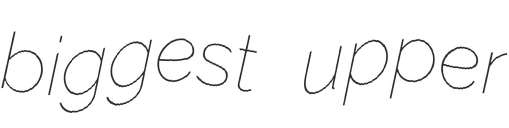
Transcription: biggest upper